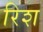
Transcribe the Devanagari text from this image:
रिश